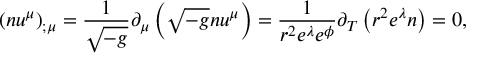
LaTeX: \left( n u ^ { \mu } \right) _ { ; \mu } = \frac { 1 } { \sqrt { - g } } \partial _ { \mu } \left( \sqrt { - g } n u ^ { \mu } \right) = \frac { 1 } { r ^ { 2 } e ^ { \lambda } e ^ { \phi } } \partial _ { T } \left( r ^ { 2 } e ^ { \lambda } n \right) = 0 ,